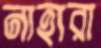
নাহারা